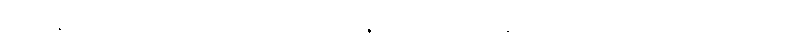
မဟာနီလော၊ နီလာကြီးလည်းကောင်း။ ဇောတိရသော၊ ဇောတိရသ်ကျောက်လည်းကောင်း။